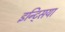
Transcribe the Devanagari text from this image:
इन्ट्सिया